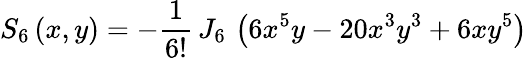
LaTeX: S_{6}\left(x,y\right)=-\frac{1}{6!}\, J_{6}\, \left(6x^{5}y-20x^{3}y^{3}+6xy^{5}\right)